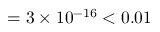
= 3 \times 1 0 ^ { - 1 6 } < 0 . 0 1